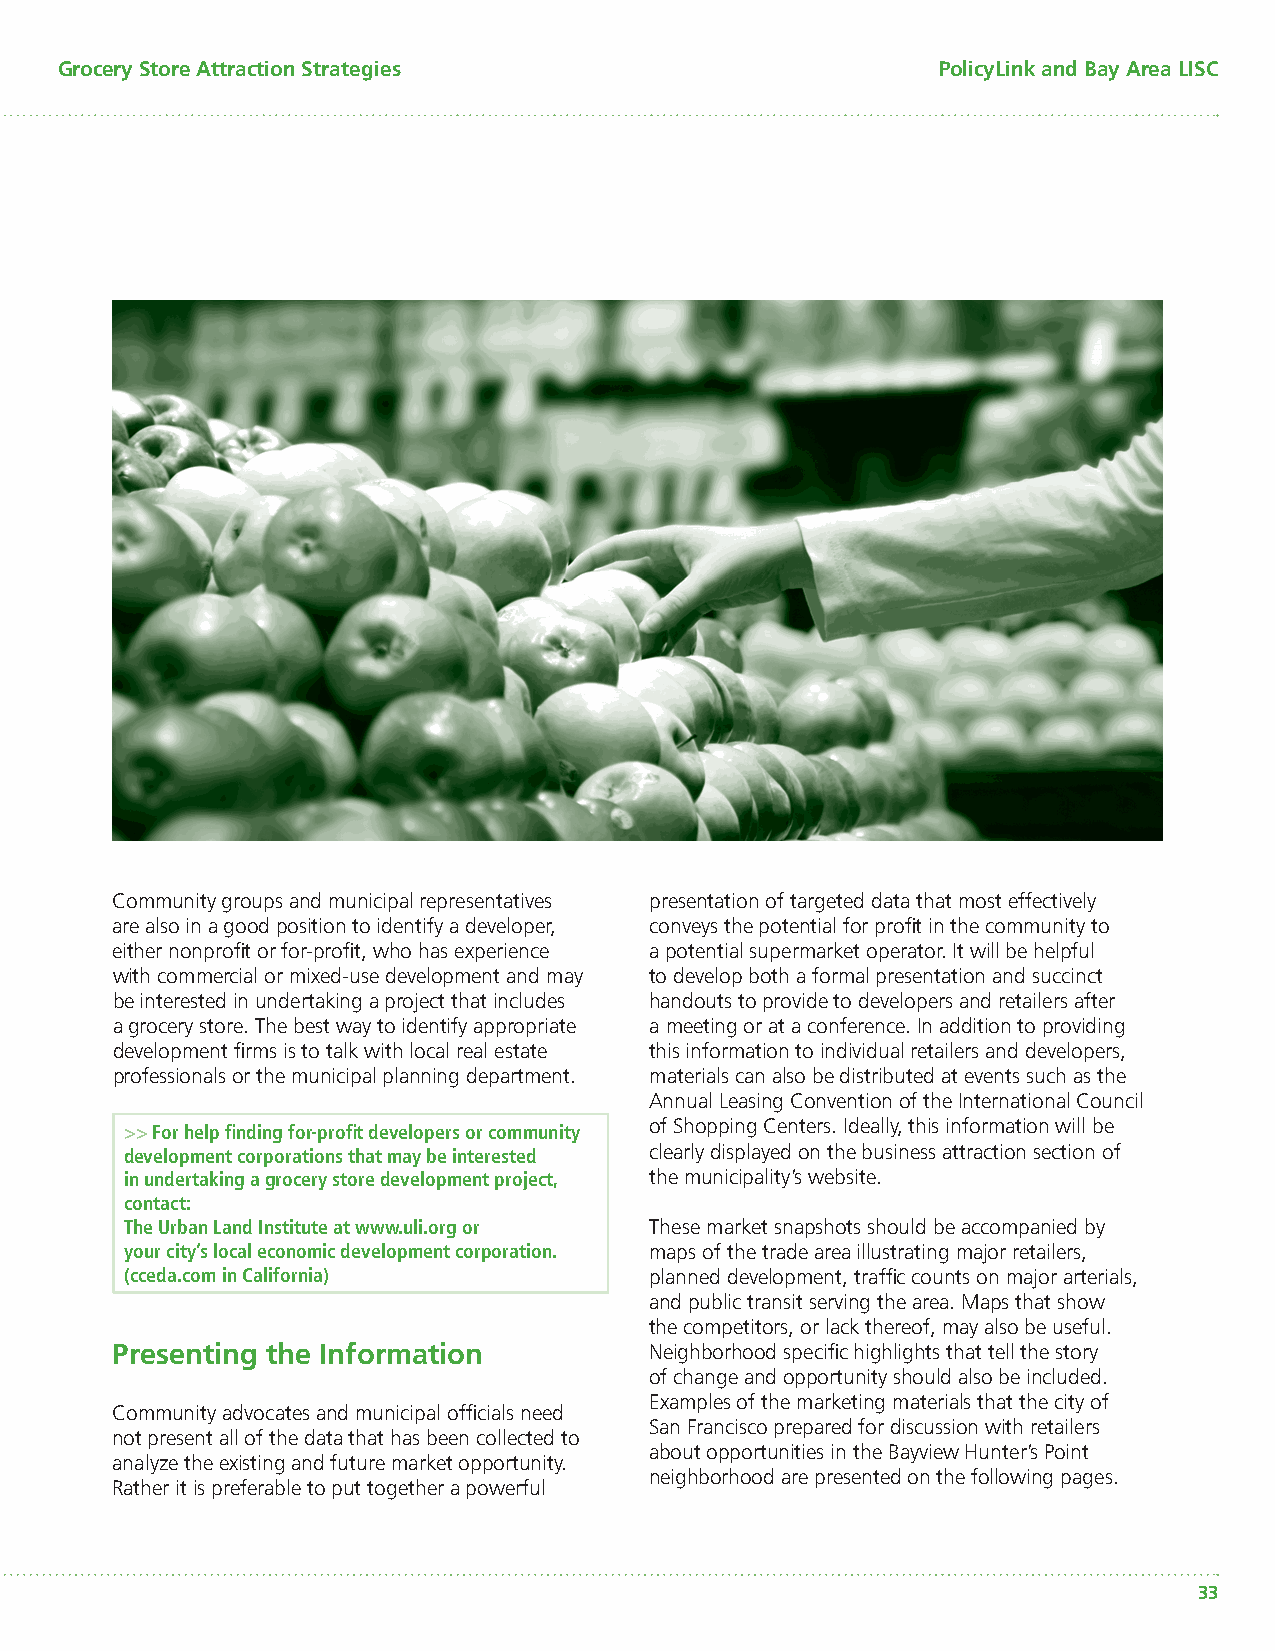
Grocery Store Attraction Strategies                       PolicyLink and Bay Area LISC
 Community groups and municipal representatives presentation of targeted data that most effectively
 are also in a good position to identify a developer, conveys the potential for profi t in the community to
 either nonprofi t or for-profi t, who has experience a potential supermarket operator. It will be helpful
 with commercial or mixed-use development and may to develop both a formal presentation and succinct
 be interested in undertaking a project that includes handouts to provide to developers and retailers after
 a grocery store. The best way to identify appropriate a meeting or at a conference. In addition to providing
 development fi rms is to talk with local real estate this information to individual retailers and developers,
 professionals or the municipal planning department. materials can also be distributed at events such as the
 Annual Leasing Convention of the International Council
 >> For help fi nding for-profi t developers or community of Shopping Centers. Ideally, this information will be
 development corporations that may be interested clearly displayed on the business attraction section of
 in undertaking a grocery store development project, the municipality’s website.
 contact:
 The Urban Land Institute at www.uli.org or These market snapshots should be accompanied by
 your city’s local economic development corporation. maps of the trade area illustrating major retailers,
 (cceda.com in California)          planned development, traffi c counts on major arterials,
 and public transit serving the area. Maps that show
 the competitors, or lack thereof, may also be useful.
 Presenting the Information          Neighborhood specifi c highlights that tell the story
 of change and opportunity should also be included.
 Examples of the marketing materials that the city of
 Community advocates and municipal offi cials need
 San Francisco prepared for discussion with retailers
 not present all of the data that has been collected to
 about opportunities in the Bayview Hunter’s Point
 analyze the existing and future market opportunity.
 neighborhood are presented on the following pages.
 Rather it is preferable to put together a powerful
 33